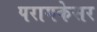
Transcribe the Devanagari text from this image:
परागकेसर